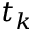
t _ { k }